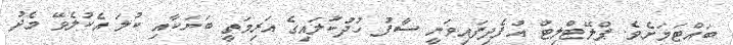
ބައްޓަމަށެވެ. ޕްލޭޓްލިޓް އުފެދިފައިވަނީ ސާފު ހުދުކުލައިގެ އަރިމަތީ ބަޔަކާއި ކުލަ އެކުލެވޭ މެދު